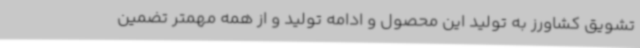
تشویق کشاورز به تولید این محصول و ادامه تولید و از همه مهمتر تضمین